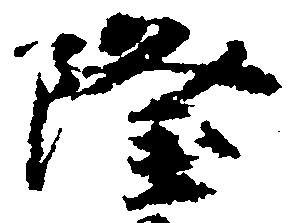
隆